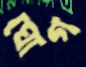
ঘোগ